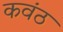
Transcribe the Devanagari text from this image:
कवंठ